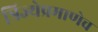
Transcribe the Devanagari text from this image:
त्रिज्येप्रमाणेच